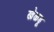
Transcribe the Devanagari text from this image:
खेळडू